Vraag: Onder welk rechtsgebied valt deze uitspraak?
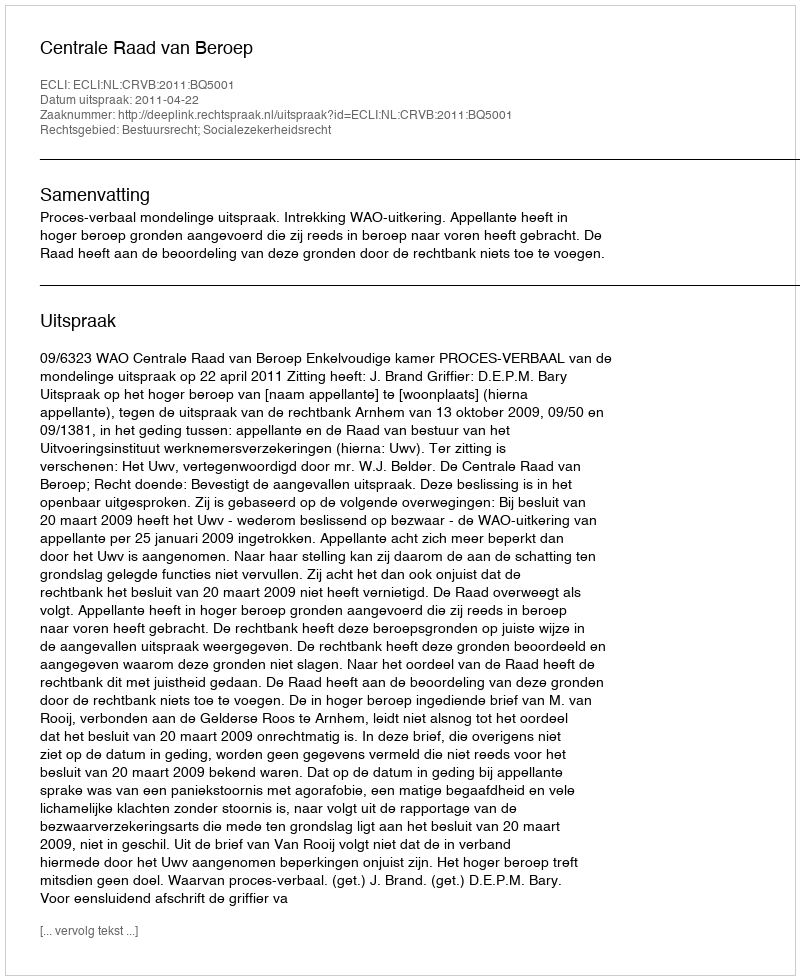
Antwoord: Bestuursrecht; Socialezekerheidsrecht